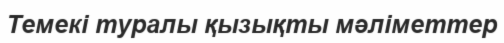
Темекі туралы қызықты мәліметтер